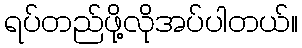
ရပ်တည်ဖို့လိုအပ်ပါတယ်။